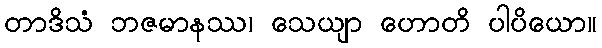
တာဒိသံ ဘဇမာနဿ၊ သေယျာ ဟောတိ ပါပိယော။